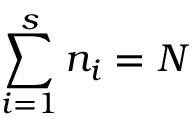
\sum _ { i = 1 } ^ { s } n _ { i } = N